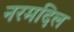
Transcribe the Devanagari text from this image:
नरमदिल